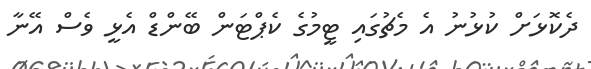
ދެކޮޅަށް ކުޅުނު އެ މެޗުގައި ޓީމުގެ ކެޕްޓަން ބޭންޑް އެޅީ ވެސް އޭނާ